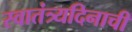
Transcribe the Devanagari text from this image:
स्वातंत्र्यदिनाची